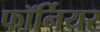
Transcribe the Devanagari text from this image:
फॉर्नियर